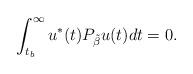
LaTeX: \begin{align*}\int_{t_b}^{\infty} u^*(t)P_{\tilde{\beta}}u(t) dt=0.\end{align*}